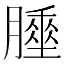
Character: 𦡘